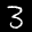
Label: 3